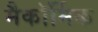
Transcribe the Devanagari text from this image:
मैकॉर्मिक